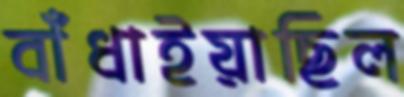
বাঁধাইয়াছিল